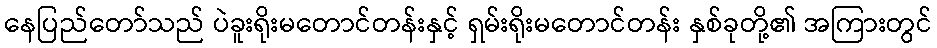
နေပြည်တော်သည် ပဲခူးရိုးမတောင်တန်းနှင့် ရှမ်းရိုးမတောင်တန်း နှစ်ခုတို့၏ အကြားတွင်